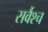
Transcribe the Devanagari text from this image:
सर्वैश्‍च